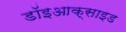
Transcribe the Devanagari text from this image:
डॉइआक्साइड